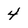
Character: 4